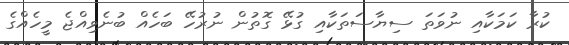
ކުރާ ކަމަކާއި ނުވަތަ ސިޔާސަތަކާއި ގުޅޭ ގޮތުން ނުރުހޭ ބަހެއް ބުނެވިއްޖެ މީހެއްގެ